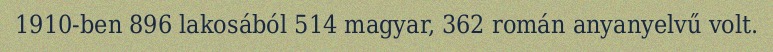
1910-ben 896 lakosából 514 magyar, 362 román anyanyelvű volt.